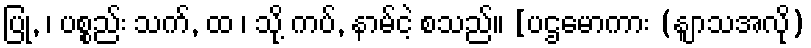
ပြု, ၊ ပစ္စည်း သက်, ထ ၊ သို့ ကပ်, နာမ်ငဲ့ စသည်။ [ပဌမောကား (နျာသအလို)